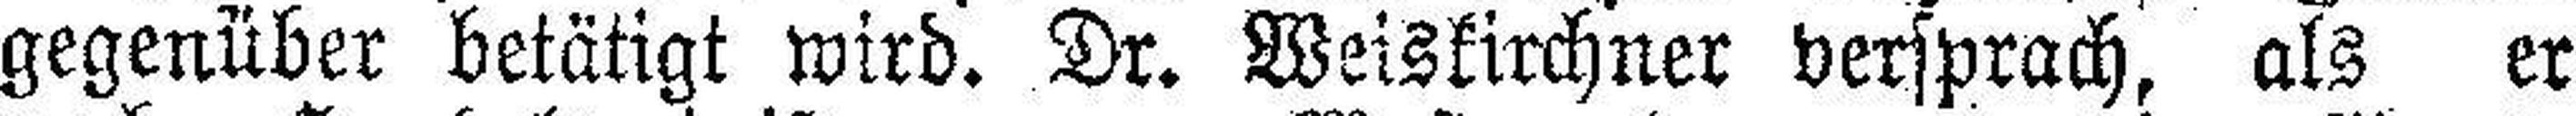
gegenüber betätigt wird. Dr. Weiskirchner versprach, als er